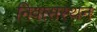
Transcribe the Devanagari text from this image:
निवासस्थन